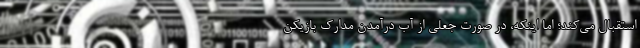
استقبال می‌کند؛ اما اینکه، در صورت جعلی از آب درآمدن مدارک بازیکن